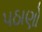
પઠાણો